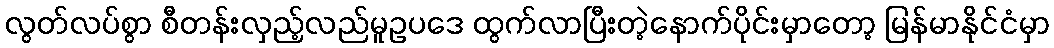
လွတ်လပ်စွာ စီတန်းလှည့်လည်မူဥပဒေ ထွက်လာပြီးတဲ့နောက်ပိုင်းမှာတော့ မြန်မာနိုင်ငံမှာ